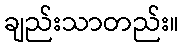
ချည်းသာတည်း။